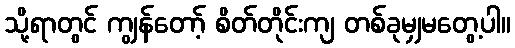
သို့ရာတွင် ကျွန်တော့် စိတ်တိုင်းကျ တစ်ခုမျှမတွေ့ပါ။